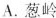
A. 葱岭